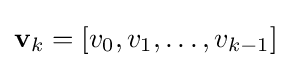
\mathbf {v} _{k}=\left[v_{0},v_{1},\dots ,v_{k-1}\right]